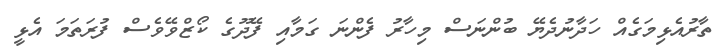
ތާރުއެޅިމަގެއް ހަދާނުދެޔޭ ބުންނަސް މިހާރު ފެންނަ ގަމާއި ފޭދޫގެ ކޯޒްވޭވެސް ފުރަތަމަ އެޅީ